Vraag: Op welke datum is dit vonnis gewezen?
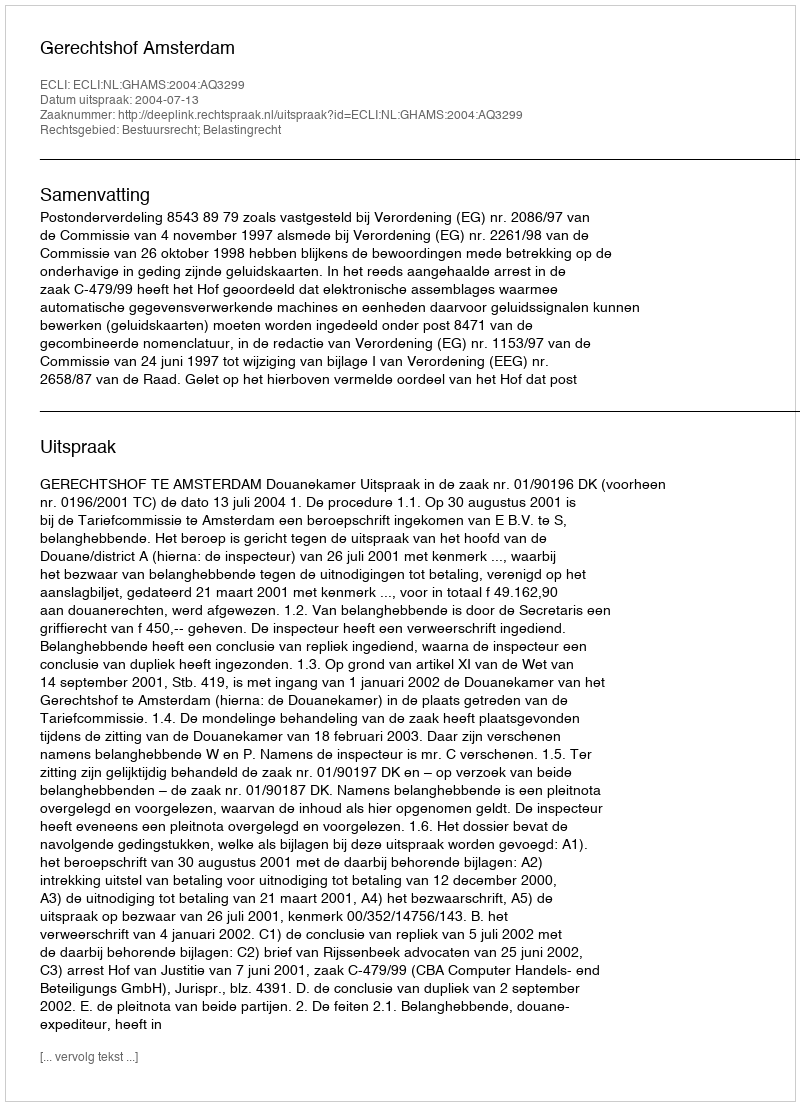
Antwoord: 2004-07-13